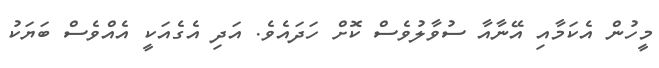
މީހުން އެކަމާއި އޭނާއާ ސުވާލުވެސް ކޮށް ހަދައެވެ. އަދި އެގެއަކީ އެއްވެސް ބަޔަކު